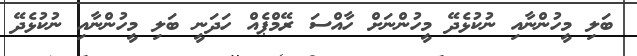
ބަލި މީހުންނާއި ނުކުޅެދޭ މީހުންނަށް ހާއްސަ ރޭމްޕެއް ހަދަނީ ބަލި މީހުންނާއި ނުކުޅެދޭ